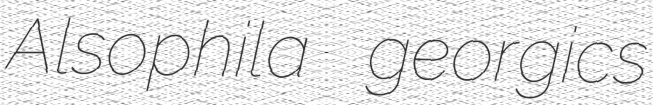
Alsophila georgics